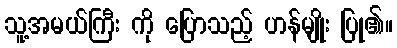
သူ့အမယ်ကြီး ကို ပြောသည့် ဟန်မျိုး ပြု၏။